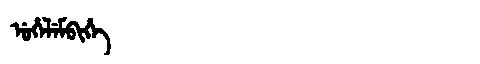
Manchu: ᡠᡥᡝᠯᡝᠮᠪᡳᡥᡝ
Romanization: UHELEMBIHE